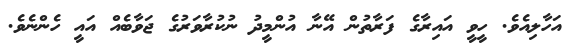
އަހާލިއެވެ. ހީވީ އައިރާގެ ފަރާތުން އޭނާ އުންމީދު ނުކުރާވަރުގެ ޖަވާބެއް އައީ ހެންނެވެ.